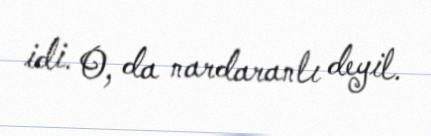
idi. O, da nardaranlı deyil.